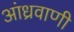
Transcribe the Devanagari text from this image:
आंध्रवाणी